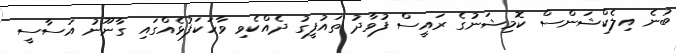
ބުނެ އިލެކްޝަންސް ކޮމިޝަނުގެ ރައީސް ފުވާދު ތައުފީގު ދެއްކެވި ވާހަކަފުޅެއްގައި ގާނޫނު އަސާސީ